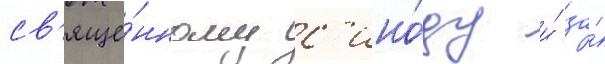
св'яще́нному с'ино́ду и́ за́